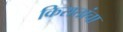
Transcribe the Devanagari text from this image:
किरातांचा